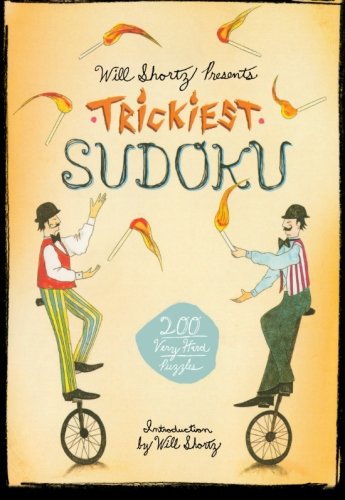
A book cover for Will Shortz Presents Trickiest Sudoku: 200 Very Hard Puzzles; Humor & Entertainment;